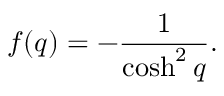
f ( q ) = - \frac { 1 } { \cosh ^ { 2 } q } .